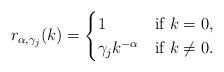
\begin{align*}r_{\alpha,\gamma_j}(k)=\begin{cases}1&\textnormal{if } k=0,\\\gamma_j k^{-\alpha} & \textnormal{if } k\neq 0.\end{cases}\end{align*}